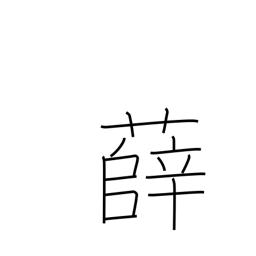
Meaning: type of mugwort